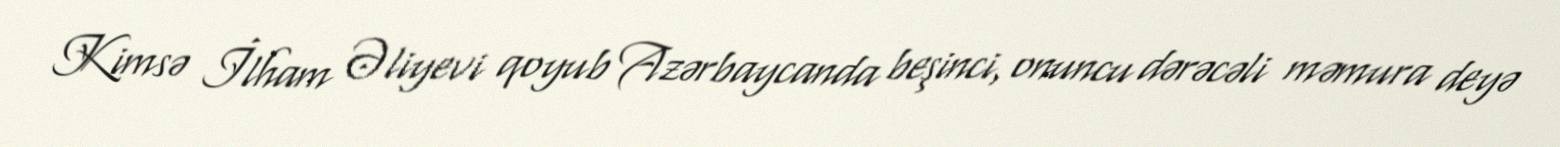
Kimsə İlham Əliyevi qoyub Azərbaycanda beşinci, onuncu dərəcəli məmura deyə